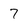
Character: 7